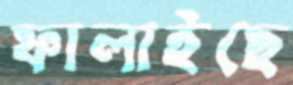
ফালাইছে